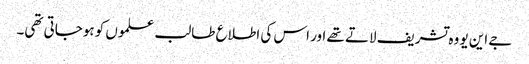
جے این یو وہ تشریف لاتے تھے اور اس کی اطلاع طالب علموں کو ہوجاتی تھی۔